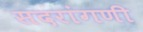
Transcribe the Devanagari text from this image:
सदरांगणी